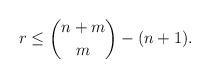
LaTeX: \begin{align*} r \le \binom{n+m}{m} - (n+1).\end{align*}